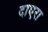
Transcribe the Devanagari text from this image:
दाएरा